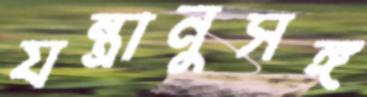
যন্ত্রানুসঙ্গ